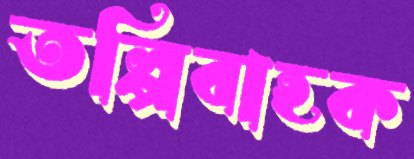
তল্পিবাহক